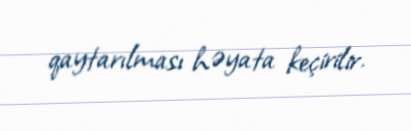
qaytarılması həyata keçirilir.